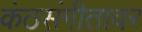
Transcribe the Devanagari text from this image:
कंठसंगीतावर